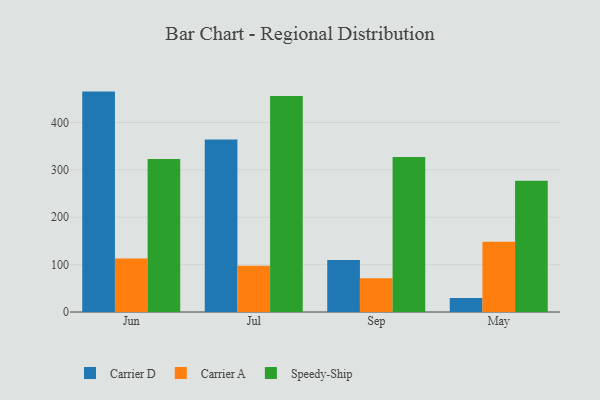
{"axis": {"x": "Month", "y": "Energy Usage (MWh)"}, "legend": ["Carrier A", "Carrier D", "Speedy-Ship"], "data": [{"x": "Jun", "y": 465.3, "type": "Carrier D"}, {"x": "Jun", "y": 113.0, "type": "Carrier A"}, {"x": "Jun", "y": 322.9, "type": "Speedy-Ship"}, {"x": "Jul", "y": 364.0, "type": "Carrier D"}, {"x": "Jul", "y": 97.6, "type": "Carrier A"}, {"x": "Jul", "y": 455.8, "type": "Speedy-Ship"}, {"x": "Sep", "y": 110.0, "type": "Carrier D"}, {"x": "Sep", "y": 71.0, "type": "Carrier A"}, {"x": "Sep", "y": 327.0, "type": "Speedy-Ship"}, {"x": "May", "y": 29.5, "type": "Carrier D"}, {"x": "May", "y": 148.4, "type": "Carrier A"}, {"x": "May", "y": 277.0, "type": "Speedy-Ship"}]}